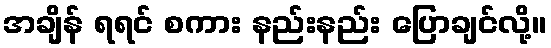
အချိန် ရရင် စကား နည်းနည်း ပြောချင်လို့။